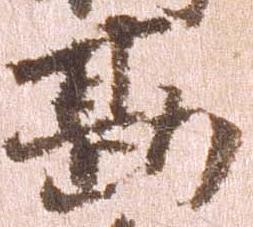
勘